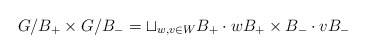
\begin{align*}G/B_+ \times G/B_- = \sqcup_{w,v \in W} B_+ \cdot w B_+ \times B_- \cdot v B_-\end{align*}